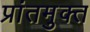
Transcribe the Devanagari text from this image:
प्रांतमुक्त